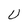
Character: U